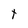
Character: t